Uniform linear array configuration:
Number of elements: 24
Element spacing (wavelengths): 0.5
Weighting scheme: hamming
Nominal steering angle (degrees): -60
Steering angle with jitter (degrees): -60.004
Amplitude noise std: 0.05
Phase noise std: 0.05

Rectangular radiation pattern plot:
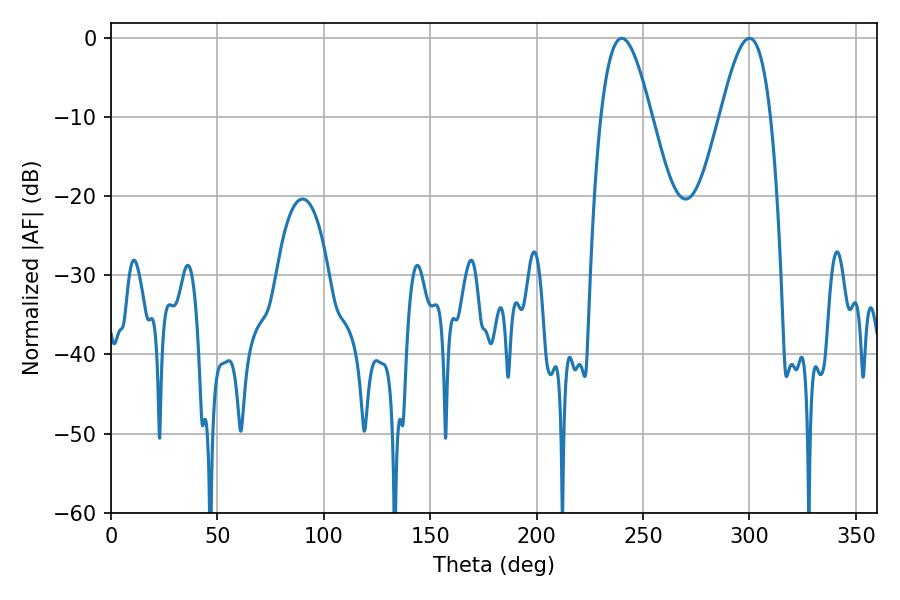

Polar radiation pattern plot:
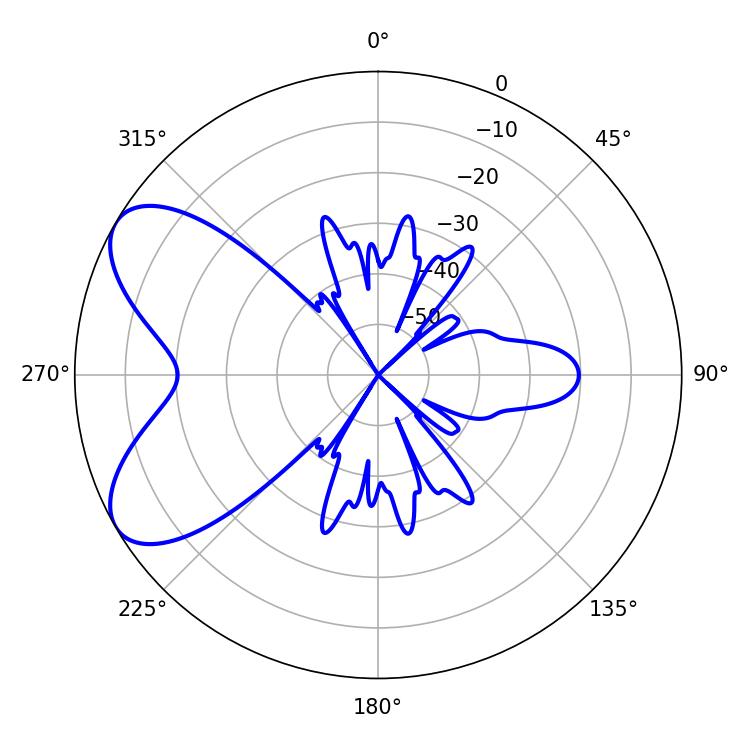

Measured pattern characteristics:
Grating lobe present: FALSE
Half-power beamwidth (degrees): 12.78
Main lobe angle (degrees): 239.94